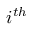
i ^ { t h }